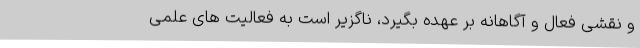
و نقشی فعال و آگاهانه بر عهده بگیرد، ناگزیر است به فعالیت های علمی